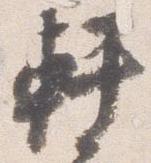
軒